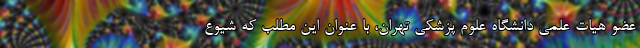
عضو هیات علمی دانشگاه علوم پزشکی تهران، با عنوان این مطلب که شیوع